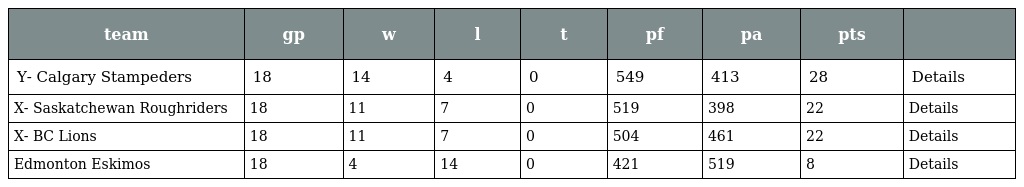
| team | gp | w | l | t | pf | pa | pts |  |
 | --- | --- | --- | --- | --- | --- | --- | --- | --- |
 | Y- Calgary Stampeders | 18 | 14 | 4 | 0 | 549 | 413 | 28 | Details |
 | X- Saskatchewan Roughriders | 18 | 11 | 7 | 0 | 519 | 398 | 22 | Details |
 | X- BC Lions | 18 | 11 | 7 | 0 | 504 | 461 | 22 | Details |
 | Edmonton Eskimos | 18 | 4 | 14 | 0 | 421 | 519 | 8 | Details |